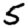
Digit: 5